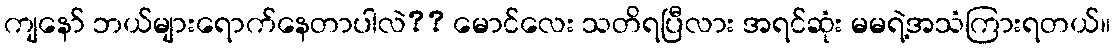
ကျနော် ဘယ်များရောက်နေတာပါလဲ?? မောင်လေး သတိရပြီလား အရင်ဆုံး မမရဲ့အသံကြားရတယ်။